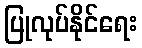
ပြုလုပ်နိုင်ရေး